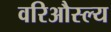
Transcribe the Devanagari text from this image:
वरिऔस्ल्य